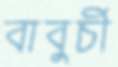
বাবুর্চী